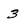
Character: 3